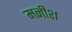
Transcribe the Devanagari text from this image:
मनीश